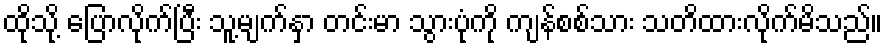
ထိုသို့ ပြောလိုက်ပြီး သူ့မျက်နှာ တင်းမာ သွားပုံကို ကျန်စစ်သား သတိထားလိုက်မိသည်။